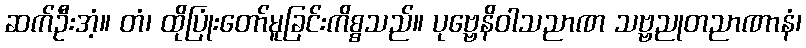
ဆက်ဦးအံ့။ တံ၊ ထိုပြုံးတော်မူခြင်းကိစ္စသည်။ ပုဗ္ဗေနိဝါသညာဏ သဗ္ဗညုတညာဏာနံ၊